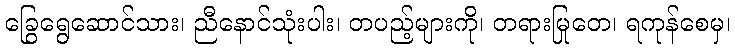
ခြွေရွေဆောင်သား၊ ညီနောင်သုံးပါး၊ တပည့်များကို၊ တရားမြုတေ၊ ရကုန်စေမှ၊